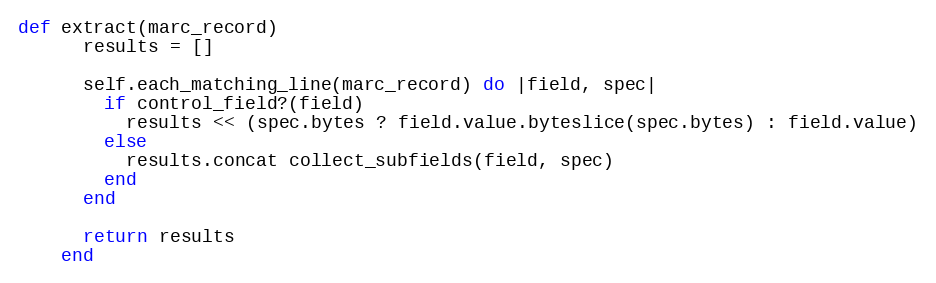
Language: Ruby
def extract(marc_record)
      results = []

      self.each_matching_line(marc_record) do |field, spec|
        if control_field?(field)
          results << (spec.bytes ? field.value.byteslice(spec.bytes) : field.value)
        else
          results.concat collect_subfields(field, spec)
        end
      end

      return results
    end